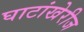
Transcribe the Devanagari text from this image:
घाटांखेरीज